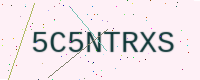
Text: 5C5NTRXS